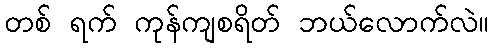
တစ် ရက် ကုန်ကျစရိတ် ဘယ်လောက်လဲ။